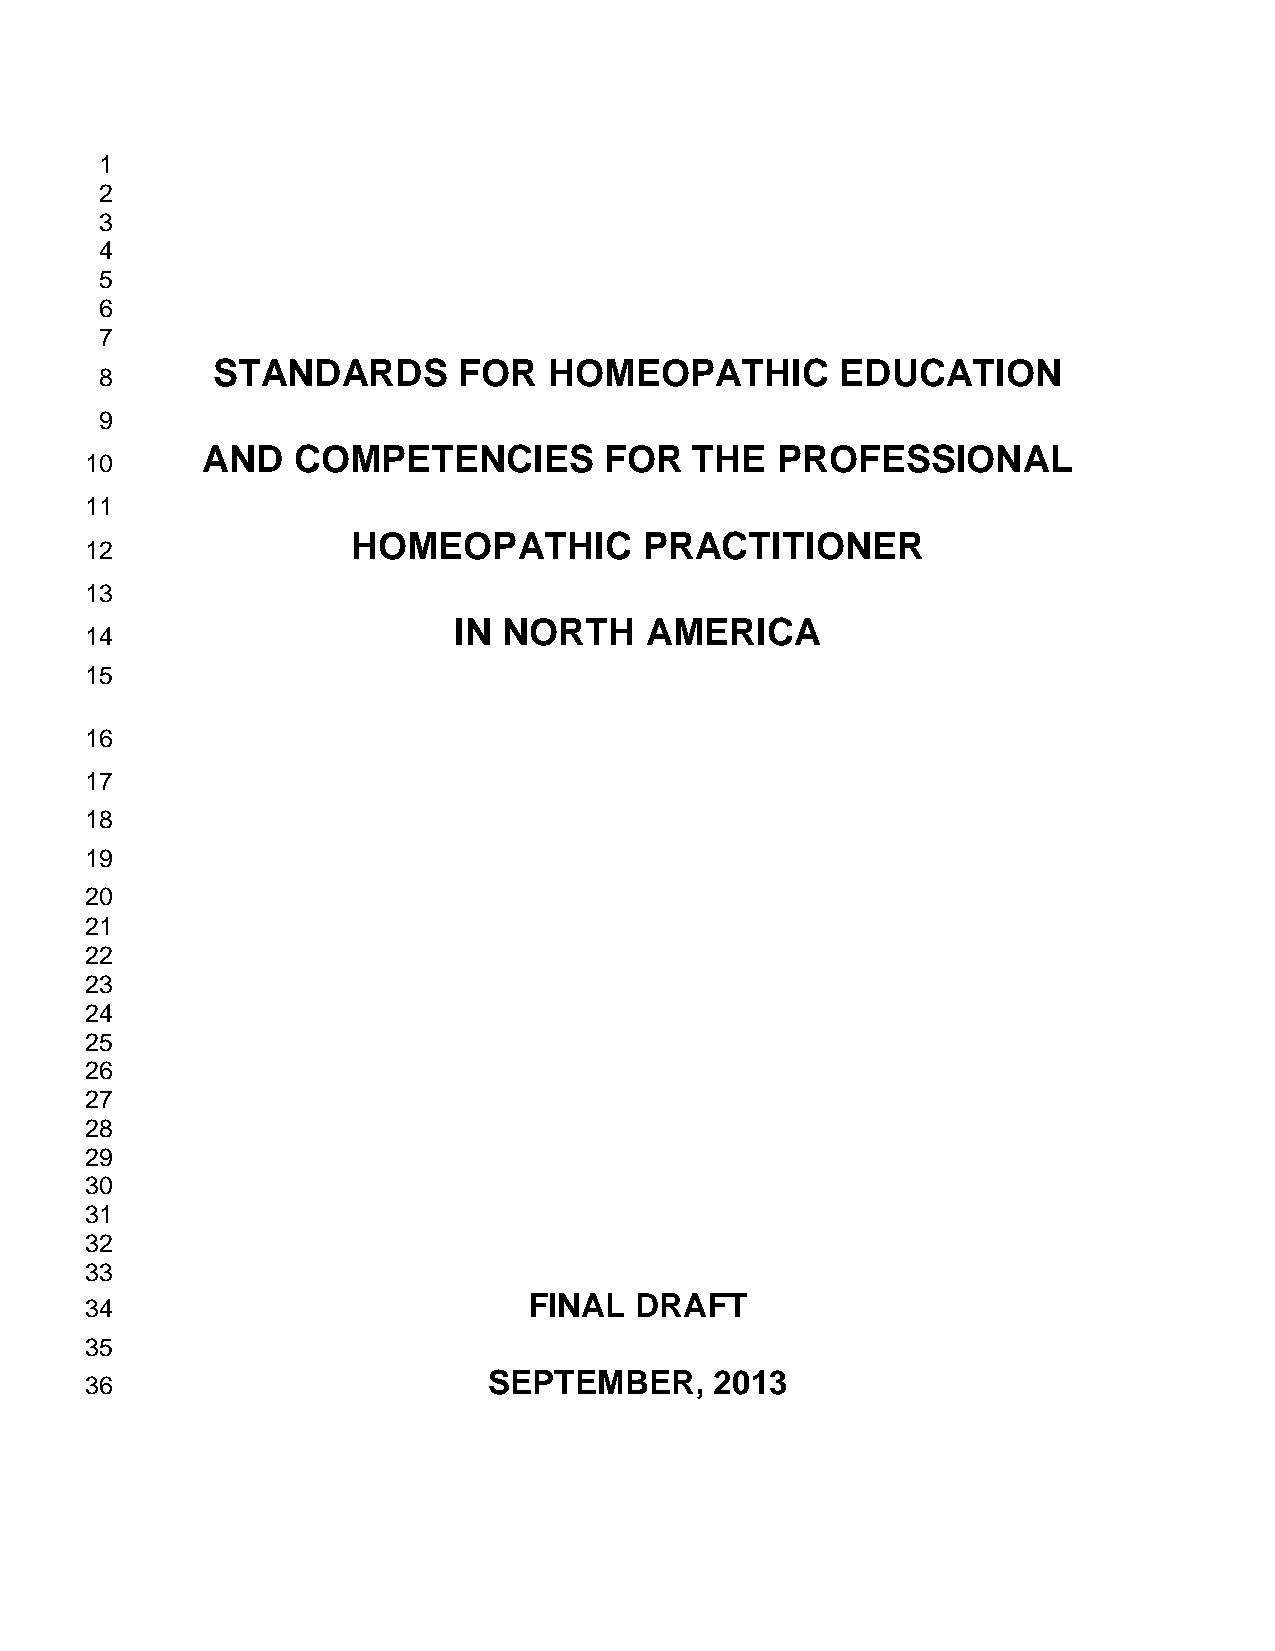
1
 2
 3
 4
 5
 6
 7
 STANDARDS       FOR   HOMEOPATHIC         EDUCATION
 8
 9
 AND   COMPETENCIES         FOR   THE  PROFESSIONAL
 10
 11
 HOMEOPATHIC         PRACTITIONER
 12
 13
 IN NORTH     AMERICA
 14
 15
 16
 17
 18
 19
 20
 21
 22
 23
 24
 25
 26
 27
 28
 29
 30
 31
 32
 33
 FINAL  DRAFT
 34
 35
 SEPTEMBER,     2013
 36